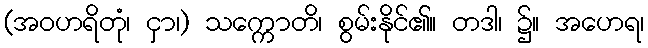
(အဝဟရိတုံ၊ ငှာ၊) သက္ကောတိ၊ စွမ်းနိုင်၏။ တဒါ၊ ၌။ အဟေရ၊